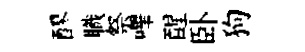
醪職祭嗶醒卧狗